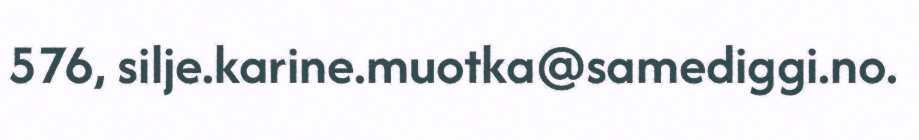
576, silje.karine.muotka@samediggi.no.